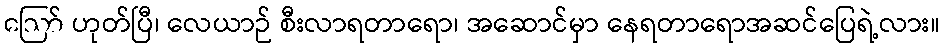
ဪ ဟုတ်ပြီ၊ လေယာဉ် စီးလာရတာရော၊ အဆောင်မှာ နေရတာရောအဆင်ပြေရဲ့လား။